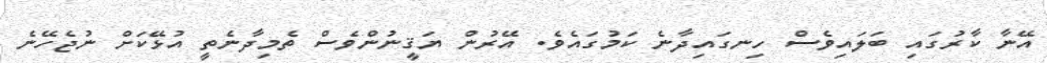
އޭނާ ކާރުގައި ބަލައިވެސް ހިނގައިދާނެ ކަމުގައެވެ. އޭރުން ޔަޤީނުންވެސް ތެމިދާނެތީ އުޅޭކަށް ނުޖެހޭނެ